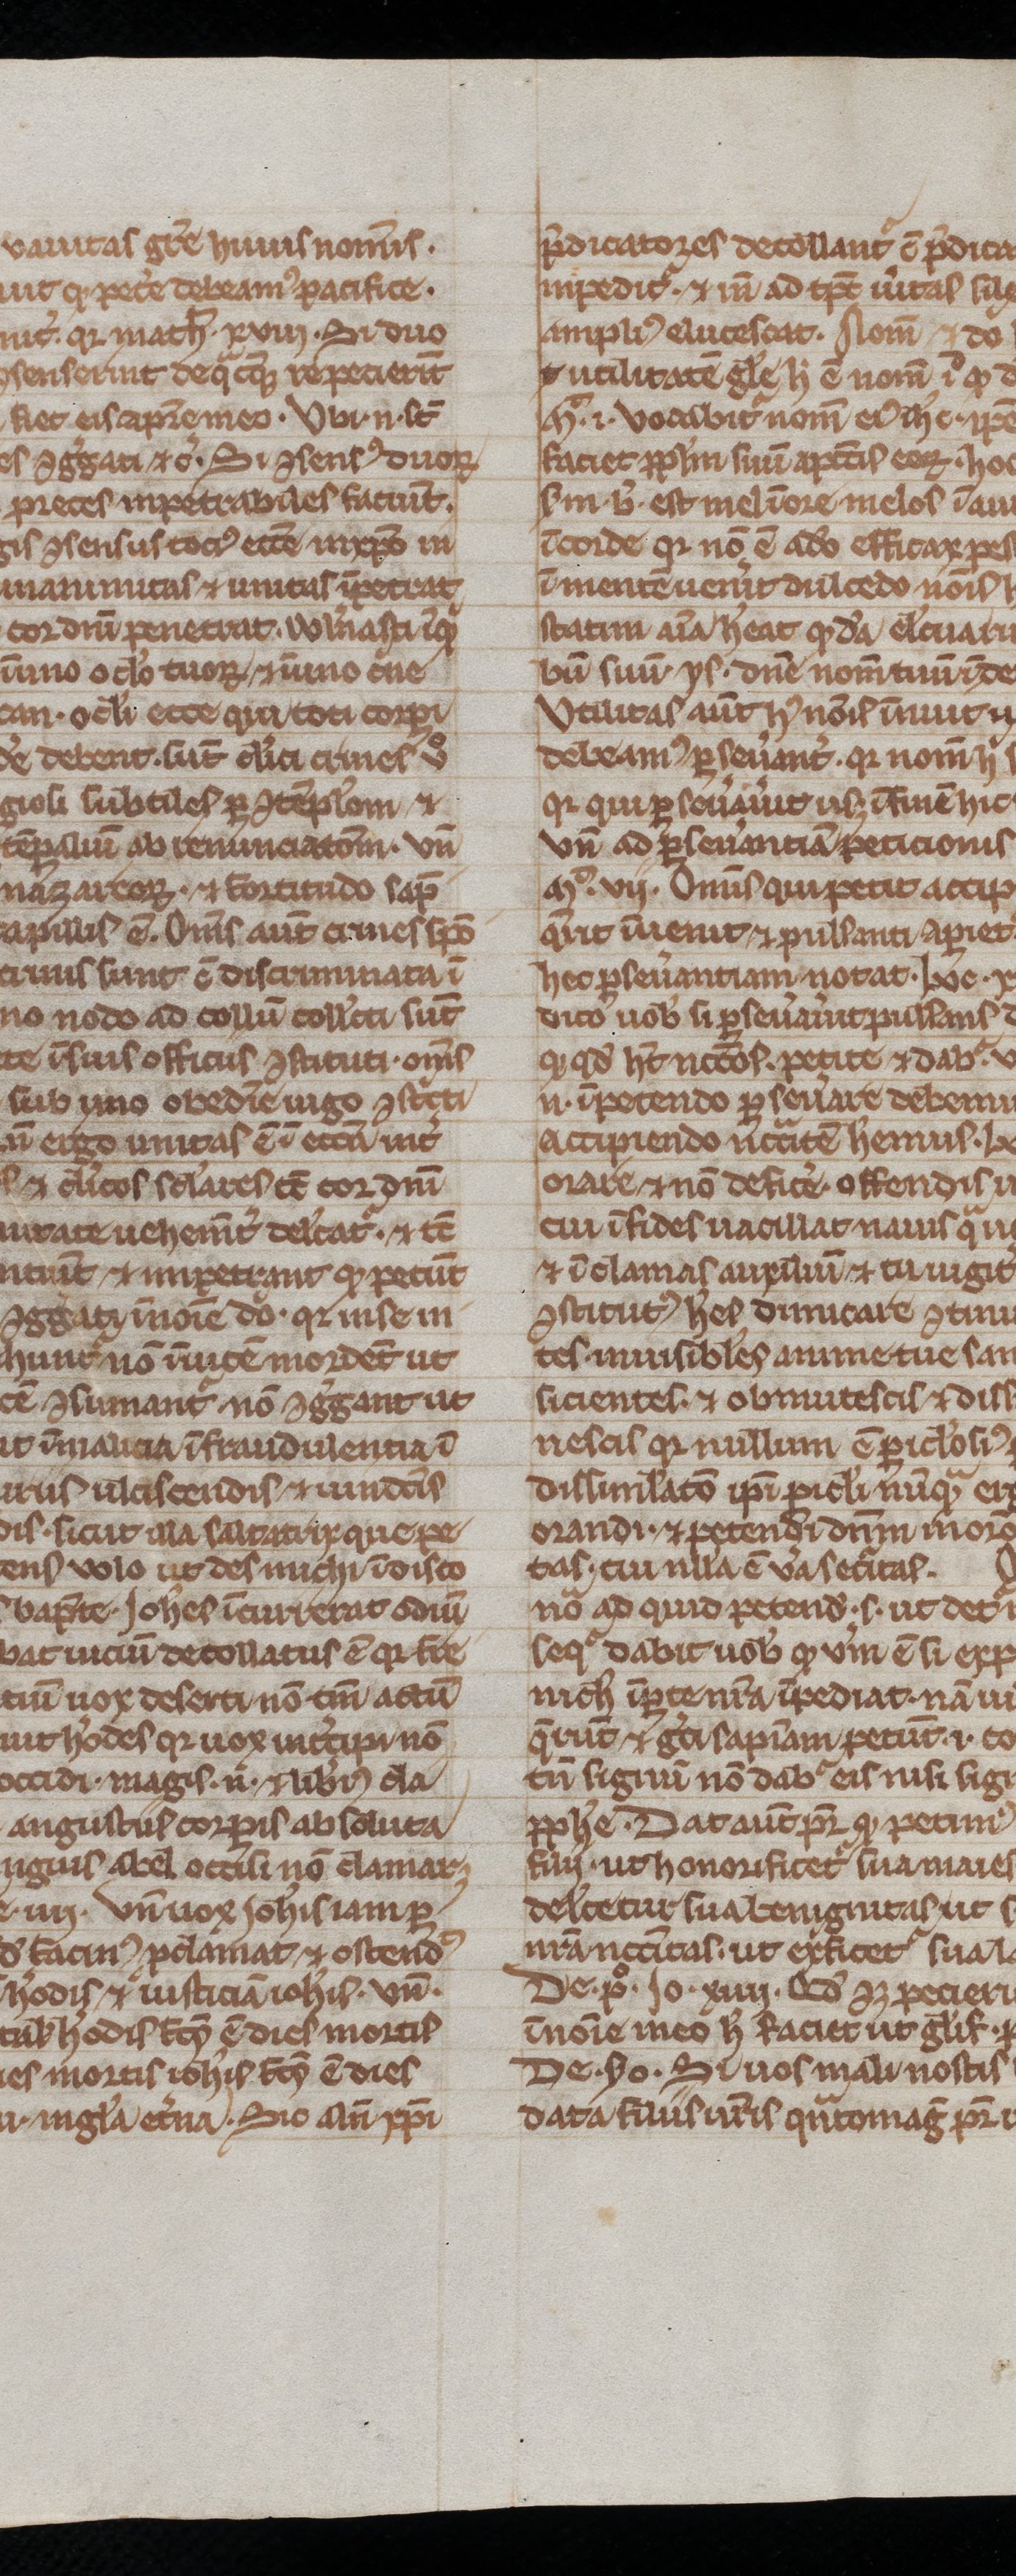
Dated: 1200–1299